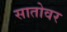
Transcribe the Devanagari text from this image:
सातोवर